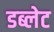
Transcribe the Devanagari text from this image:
डब्लेट